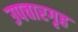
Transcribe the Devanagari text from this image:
उपचारगृह